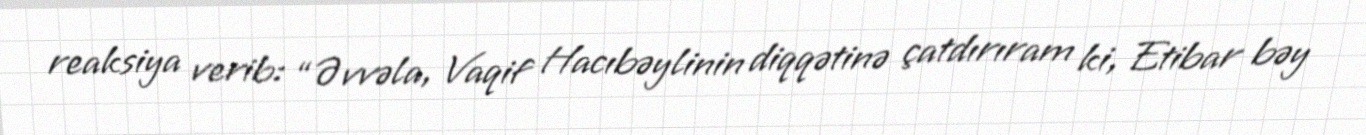
reaksiya verib: “Əvvəla, Vaqif Hacıbəylinin diqqətinə çatdırıram ki, Etibar bəy